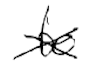
Text: to
Cross-out: cross
Writing tool: digital_black